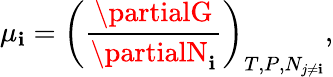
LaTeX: \mu_{\mathbf{i}}=\left({\frac{{\partialG}}{{\partialN_{\mathbf{i}}}}}\right)_{T,P,N_{j\neq\mathbf{i}}},